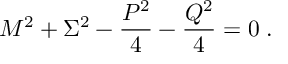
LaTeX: M ^ { 2 } + \Sigma ^ { 2 } - \frac { P ^ { 2 } } { 4 } - \frac { Q ^ { 2 } } { 4 } = 0 \; .